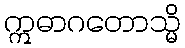
ဣဓာဂတောသ္မိ